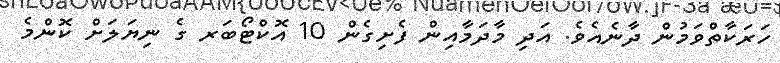
ހަރަކާތްވަމުން ދާނެއެވެ. އަދި މާދަމާއިން ފެށިގެން 10 އޮކްޓޯބަރ ގެ ނިޔަލަށް ކޮންމެ